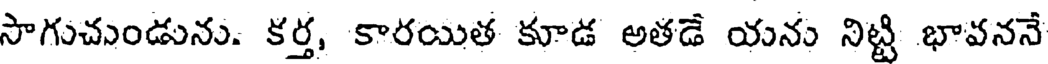
సాగుచుండును. కర్త, కారయిత కూడ అతడే యను నిట్టి భావననే